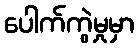
ပေါက်ကွဲမှုမှာ